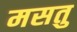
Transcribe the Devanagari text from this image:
मसतु